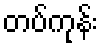
တပ်ကုန်း